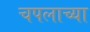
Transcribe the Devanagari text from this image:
चपलाच्या